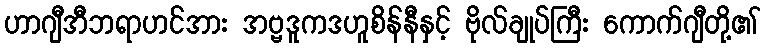
ဟာဂျီအီဘရာဟင်အား အဗ္ဗဒူကဒဟူစိန်နီနှင့် ဗိုလ်ချုပ်ကြီး ကောက်ဂျီတို့၏